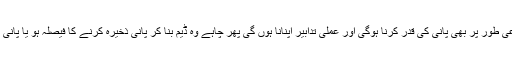
انفرادی حیثیت کے ساتھ ساتھ اجتماعی طور پر بھی پانی کی قدر کرنا ہوگی اور عملی تدابیر اپنانا ہوں گی پھر چاہے وہ ڈیم بنا کر پانی ذخیرہ کرنے کا فیصلہ ہو یا پانی کے بے جا استعمال پہ قابو پانے کا۔